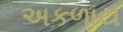
અકળાય